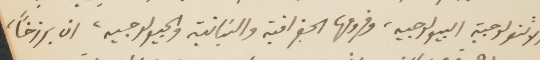
الانتتولوجية البيولوجيه، وفروعها الجغرافيه والبنائية والجيولوجيه، ان برزخًا